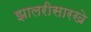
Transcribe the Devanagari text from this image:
झालरीसारखे